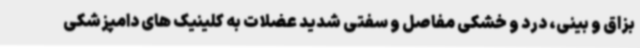
بزاق و بینی، درد و خشکی مفاصل و سفتی شدید عضلات به کلینیک های دامپزشکی